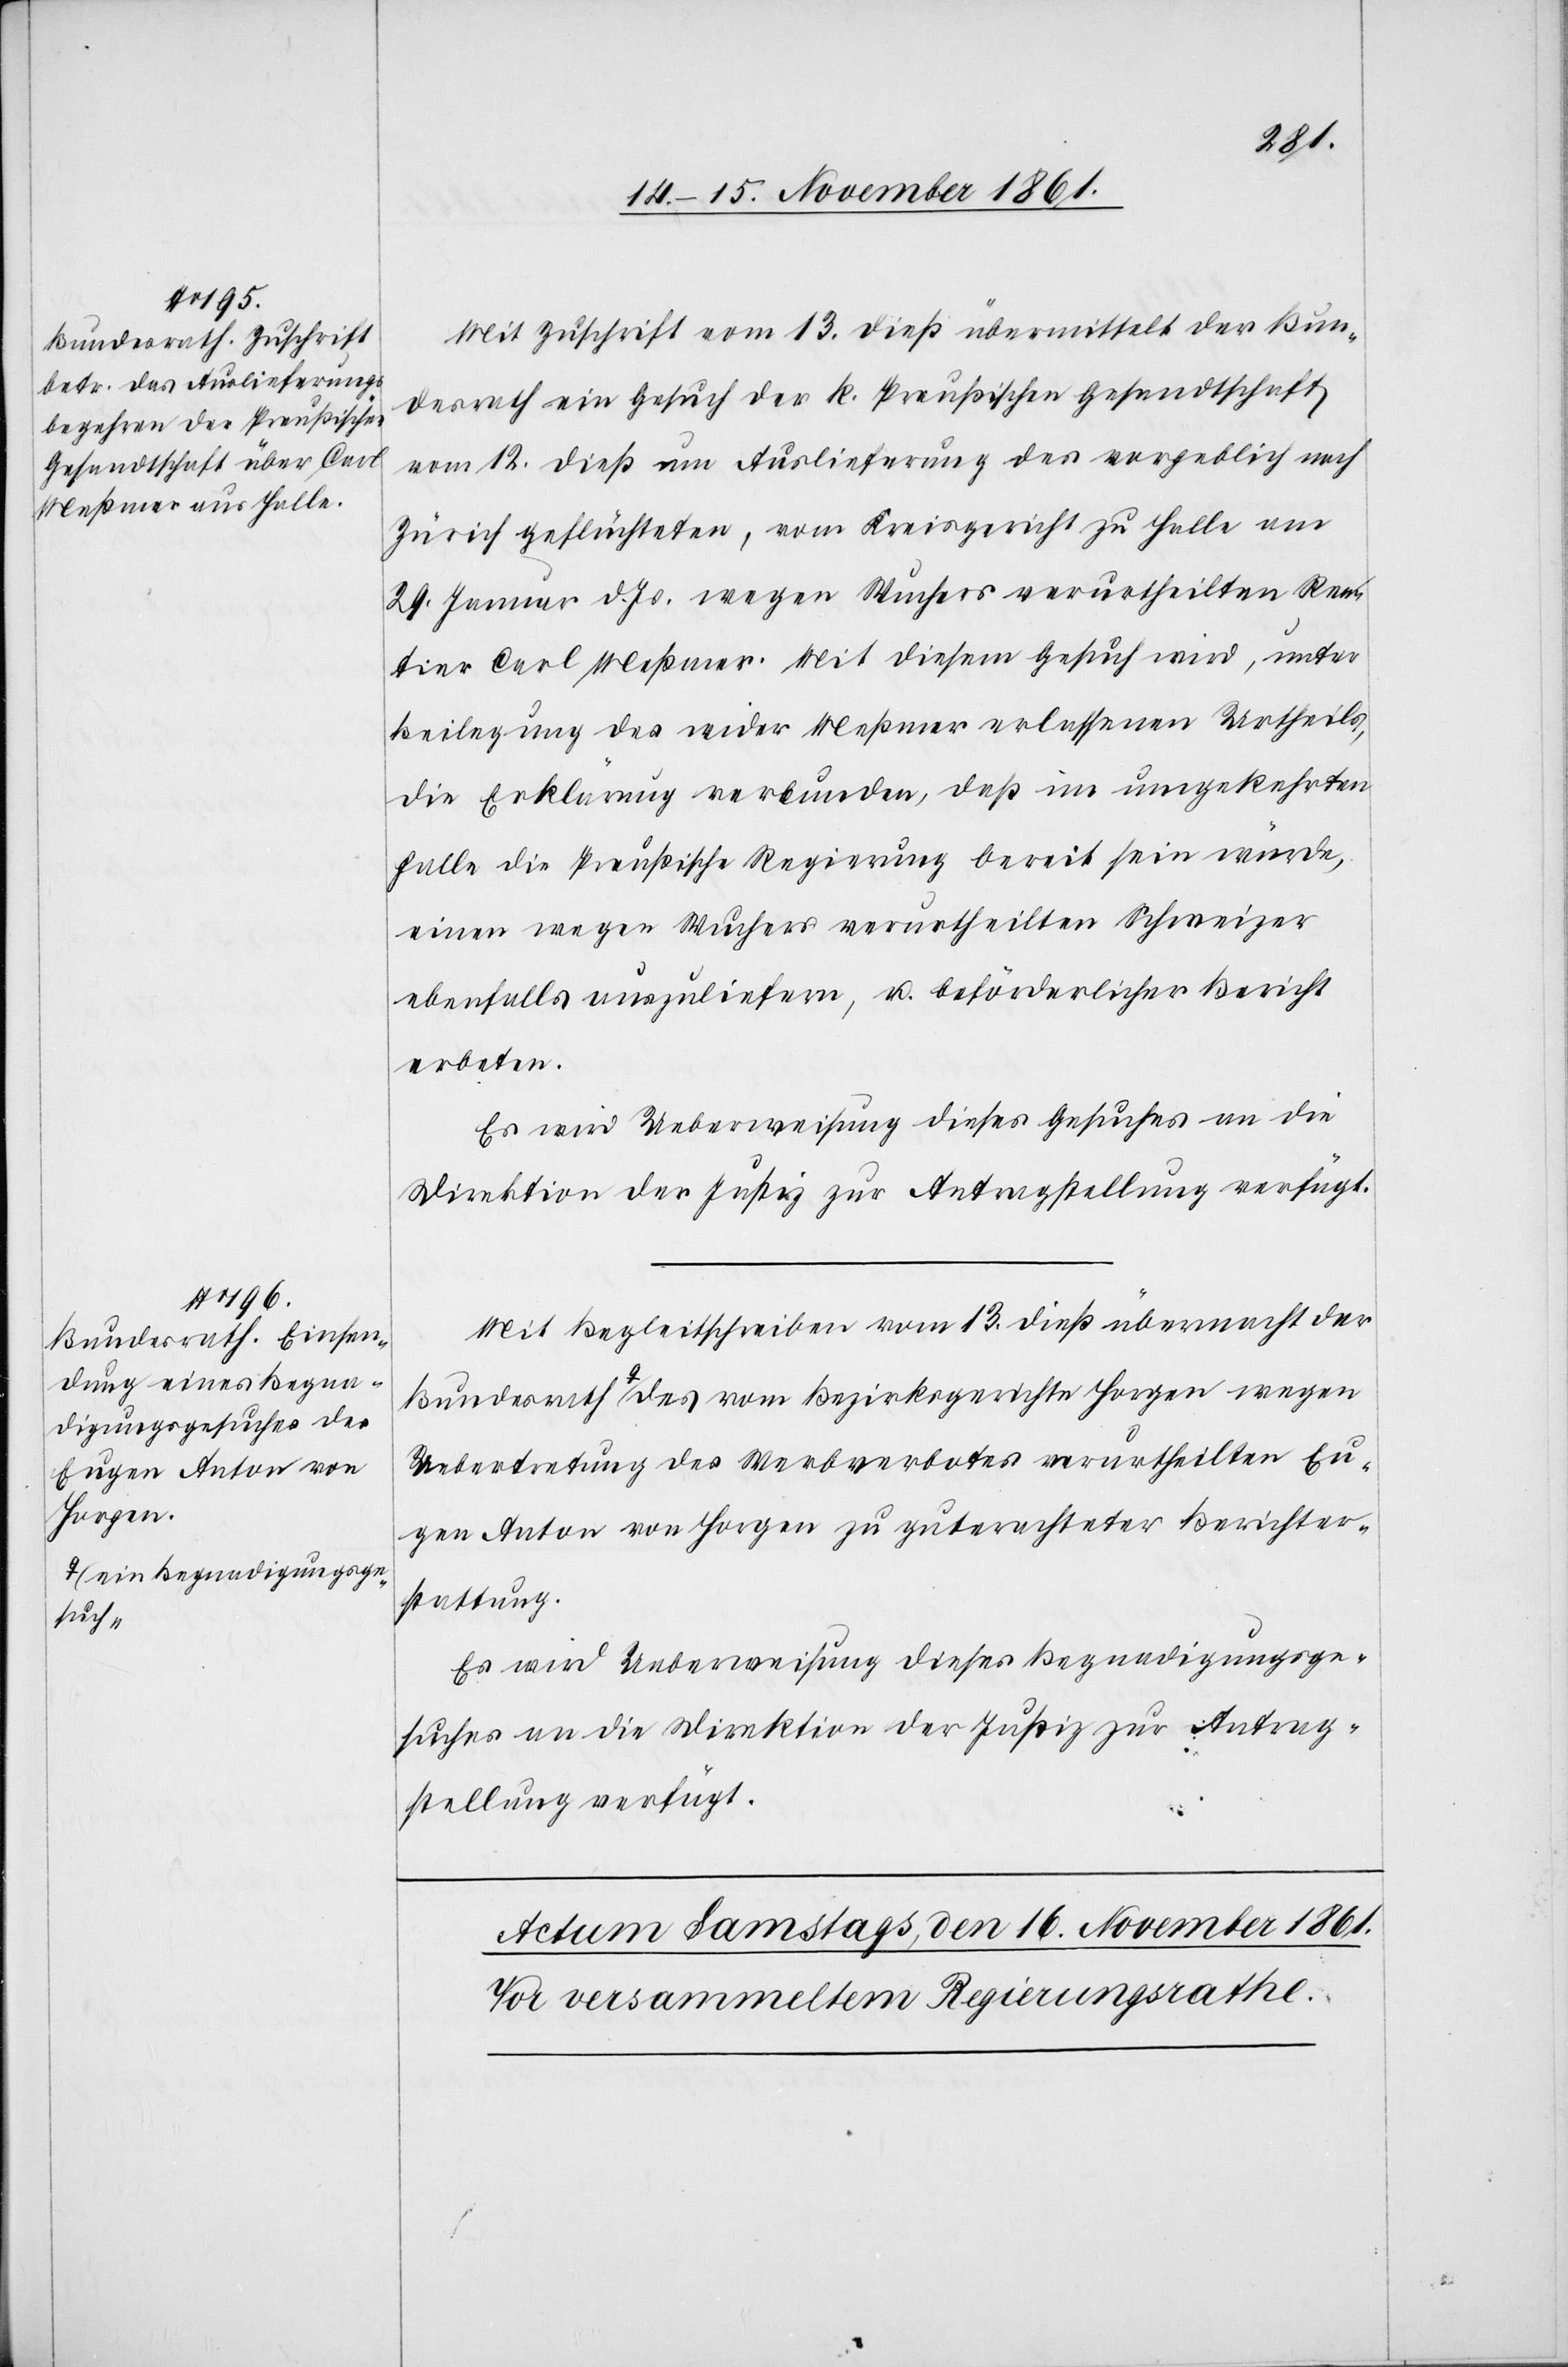
Horgen
a-ein Begnadigungsge¬
such-a

15 November 1861.]
Mit Zuschrift vom 13 dieß übermittelt der Bun¬
desrath ein Gesuch der k. Preußischen Gesandtschaft
vom 12 dieß um Auslieferung des vergeblich nach
Zürich geflüchteten, vom Kreisgericht zu Halle am
29 Januar d. Js. wegen Wuchers verurtheilten Ren¬
tier Carl Meßmer. Mit diesem Gesuch wird, unter
Beilegung des wider Meßmer erlassenen Urtheils,
die Erklärung verbunden, daß im umgekehrten
Falle die Preußische Regierung bereit sein würde,
einen wegen Wuchers verurtheilten Schweizer
ebenfalls auszuliefern, u. beförderlicher Bericht
erbeten.
Es wird Ueberweisung dieses Gesuches an die
Direktion der Justiz zur Antragstellung verfügt.
Mit Begleitschreiben vom 13 dieß übermacht der
Uebertretung des Werbeverbotes verurtheilten Eu¬
gen Anton von Horgen zu guterachteter Berichter¬
stattung.
Es wird Ueberweisung dieses Begnadigungsge¬
suches an die Direktion der Justiz zur Antrag¬
stellung verfügt.